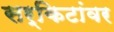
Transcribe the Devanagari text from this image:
सर्किटांवर